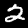
Label: 2